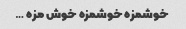
خوشمزه خوشمزه خوش مزه …